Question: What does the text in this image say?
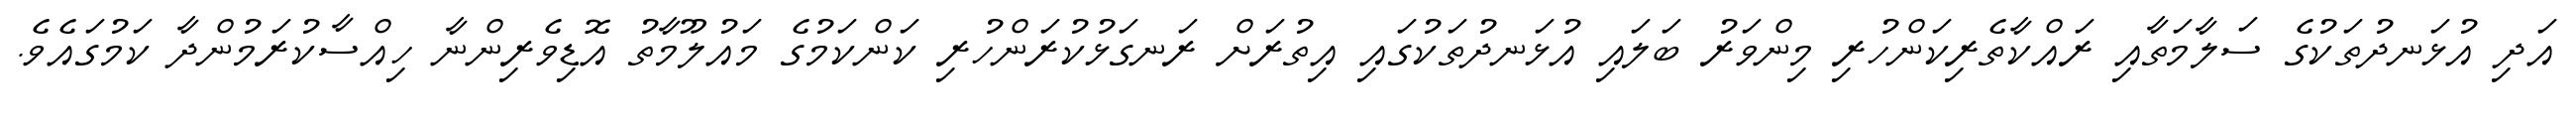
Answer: އަދި އުޅަނދުތަކުގެ ސަލާމަތާއި ރައްކާތެރިކަންހުރި މިންވަރު ބަލައި އުޅަނދުތަކުގައި އިތުރަށް ރަނގަޅުކުރަންހުރި ކަންކަމުގެ މައުލޫމާތު އޮޑިވެރިންނާ ހިއްސާކުރަމުންދާ ކަމުގައެވެ.